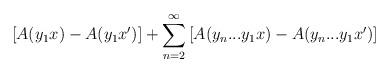
LaTeX: \begin{align*}\left[ A(y_1 x) - A(y_1 x') \right] + \sum_{n = 2}^\infty \left[ A(y_n...y_1x) - A(y_n...y_1x') \right]\end{align*}